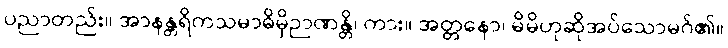
ပညာတည်း။ အာနန္တရိကသမာဓိမှိဉာဏန္တိ၊ ကား။ အတ္တနော၊ မိမိဟုဆိုအပ်သောမဂ်၏။